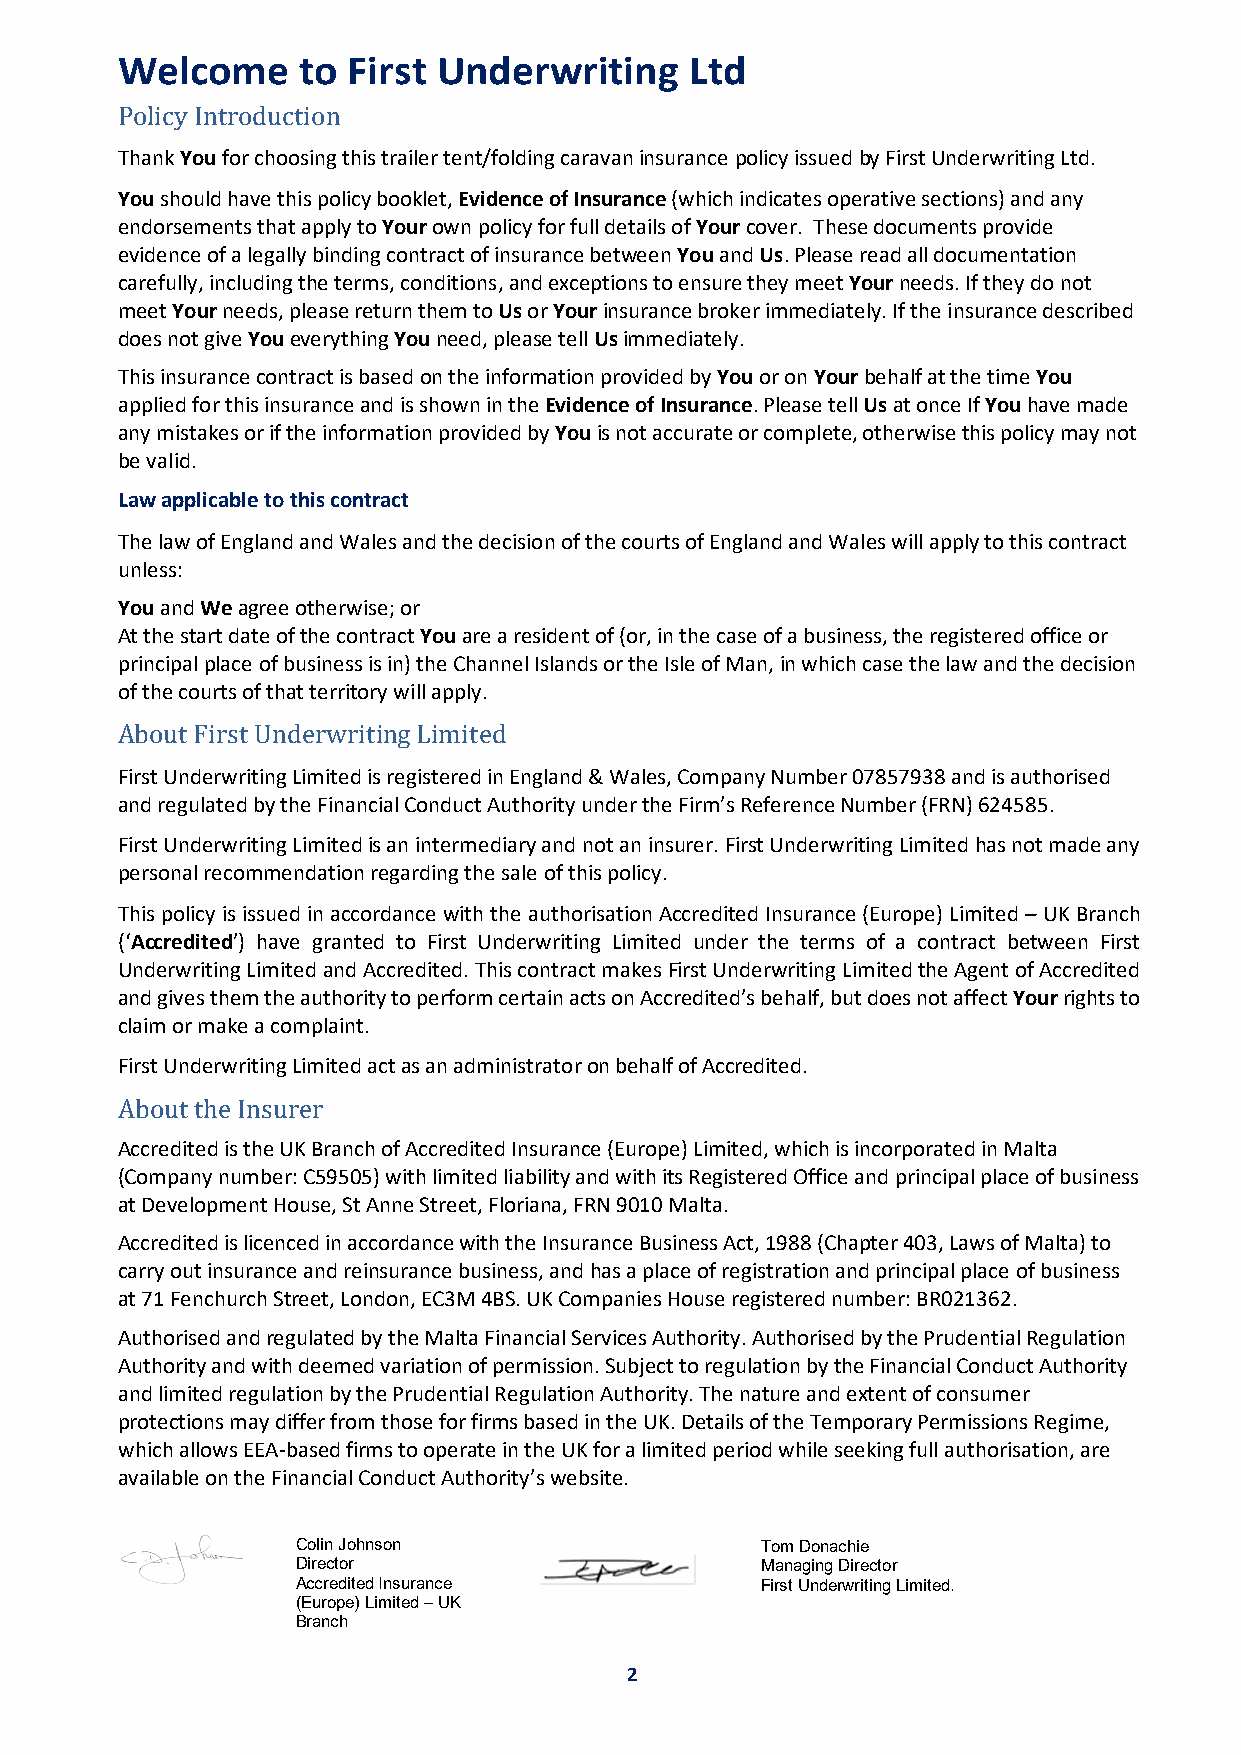
Welcome     to First Underwriting     Ltd
 Thank You for choosing this trailer tent/folding caravan insurance policy issued by First Underwriting Ltd.
 Policy Introduction
 You should have this policy booklet, Evidence of Insurance (which indicates operative sections) and any
 endorsements that apply to Your own policy for full details of Your cover. These documents provide
 evidence of a legally binding contract of insurance between You and Us. Please read all documentation
 carefully, including the terms, conditions, and exceptions to ensure they meet Your needs. If they do not
 meet Your needs, please return them to Us or Your insurance broker immediately. If the insurance described
 does not give You everything You need, please tell Us immediately.
 This insurance contract is based on the information provided by You or on Your behalf at the time You
 applied for this insurance and is shown in the Evidence of Insurance. Please tell Us at once If You have made
 any mistakes or if the information provided by You is not accurate or complete, otherwise this policy may not
 be valid.
 Law applicable to this contract
 The law of England and Wales and the decision of the courts of England and Wales will apply to this contract
 unless:
 You and We agree otherwise; or
 At the start date of the contract You are a resident of (or, in the case of a business, the registered office or
 principal place of business is in) the Channel Islands or the Isle of Man, in which case the law and the decision
 of the courts of that territory will apply.
 First Underwriting Limited is registered in England & Wales, Company Number 07857938 and is authorised
 About First Underwriting Limited
 and regulated by the Financial Conduct Authority under the Firm’s Reference Number (FRN) 624585.
 First Underwriting Limited is an intermediary and not an insurer. First Underwriting Limited has not made any
 personal recommendation regarding the sale of this policy.
 This policy is issued in accordance with the authorisation Accredited Insurance (Europe) Limited – UK Branch
 (‘Accredited’) have granted to First Underwriting Limited under the terms of a contract between First
 Underwriting Limited and Accredited. This contract makes First Underwriting Limited the Agent of Accredited
 and gives them the authority to perform certain acts on Accredited’s behalf, but does not affect Your rights to
 claim or make a complaint.
 First Underwriting Limited act as an administrator on behalf of Accredited.
 Accredited is the UK Branch of Accredited Insurance (Europe) Limited, which is incorporated in Malta
 About the Insurer
 (Company number: C59505) with limited liability and with its Registered Office and principal place of business
 at Development House, St Anne Street, Floriana, FRN 9010 Malta.
 Accredited is licenced in accordance with the Insurance Business Act, 1988 (Chapter 403, Laws of Malta) to
 carry out insurance and reinsurance business, and has a place of registration and principal place of business
 at 71 Fenchurch Street, London, EC3M 4BS. UK Companies House registered number: BR021362.
 Authorised and regulated by the Malta Financial Services Authority. Authorised by the Prudential Regulation
 Authority and with deemed variation of permission. Subject to regulation by the Financial Conduct Authority
 and limited regulation by the Prudential Regulation Authority. The nature and extent of consumer
 protections may differ from those for firms based in the UK. Details of the Temporary Permissions Regime,
 which allows EEA-based firms to operate in the UK for a limited period while seeking full authorisation, are
 available on the Financial Conduct Authority’s website.
 Colin Johnson                 Tom Donachie
 Director                      Managing Director
 Accredited Insurance          First Underwriting Limited.
 (Europe) Limited – UK
 Branch
 2